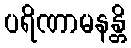
ပရိဏာမနန္တိ